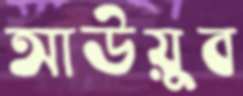
আউয়ুব